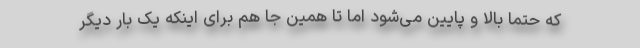
که حتماً بالا و پایین می‌شود اما تا همین جا هم برای اینکه یک بار دیگر